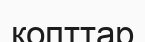
копттар